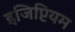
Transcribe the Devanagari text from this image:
इजिप्टियम